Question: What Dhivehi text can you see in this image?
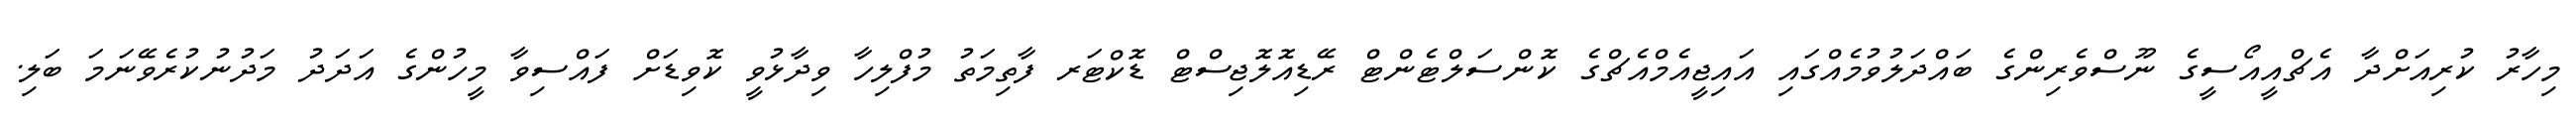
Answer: މިހާރު ކުރިއަށްދާ އެޗްއީއޯސީގެ ނޫސްވެރިންގެ ބައްދަލުވުމެއްގައި އައިޖީއެމްއެޗްގެ ކޮންސަލްޓެންޓް ރޭޑިއޮލޮޖިސްޓް ޑޮކްޓަރ ފާތިމަތު މުފްލިހާ ވިދާޅުވީ ކޮވިޑަށް ފައްސިވާ މީހުންގެ އަދަދު މަދުނުކުރެވޭނަމަ ބަލި.